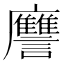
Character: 𲂁